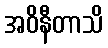
အဝိနီတာသိ